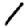
Digit: 1